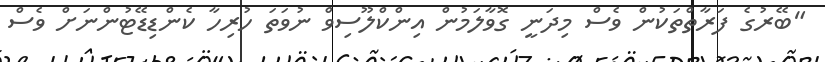
"ބޭރުގެ ފަރާތްތަކުން ވެސް މިދަނީ ގޮވާލަމުން އިންކްލޫސިވް ނުވަތަ ހުރިހާ ކެންޑިޑޭޓުންނަށް ވެސް